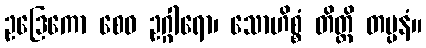
ဥဒြေကော စေဝ ဥဂ္ဂါရော၊ သောဟိစ္စံ တိတ္တိ တပ္ပနံ။